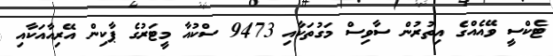
ޓެކްސީ ވޭއެއްގެ އިތުރުން ސާވިސް މަގުތަކާއި 9473 ސްކުއާ މީޓަރުގެ ޕާކިން އޭރިއާއަކާއި